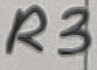
Text: R3